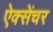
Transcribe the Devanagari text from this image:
ऐक्सेंचर